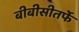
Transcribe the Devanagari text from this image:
बीबीसीतर्फे